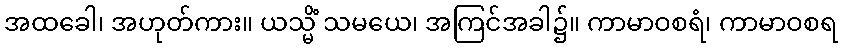
အထခေါ၊ အဟုတ်ကား။ ယသ္မိံ သမယေ၊ အကြင်အခါ၌။ ကာမာဝစရံ၊ ကာမာဝစရ